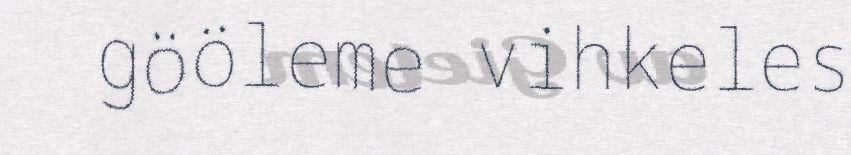
gööleme vihkeles